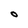
Character: O